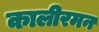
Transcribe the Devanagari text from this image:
कालीरमन